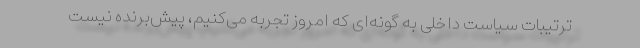
ترتیبات سیاست داخلی به گونه‌ای که امروز تجربه می‌کنیم، پیش‌برنده نیست